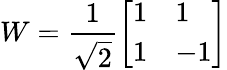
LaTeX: W={\frac{1}{\sqrt{2}}}{\left[\begin{array}{ll}{1}&{1}\\ {1}&{-1}\end{array}\right]}